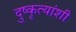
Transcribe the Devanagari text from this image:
दुष्कृत्यांशी